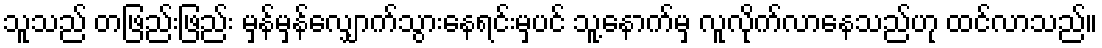
သူသည် တဖြည်းဖြည်း မှန်မှန်လျှောက်သွားနေရင်းမှပင် သူ့နောက်မှ လူလိုက်လာနေသည်ဟု ထင်လာသည်။